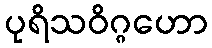
ပုရိသဝိဂ္ဂဟော